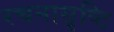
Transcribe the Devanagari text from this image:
रचनासृष्टि